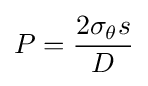
P={\frac {2\sigma _{\theta }s}{D}}